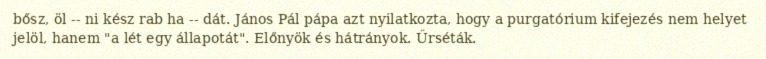
bősz, öl -- ni kész rab ha -- dát. János Pál pápa azt nyilatkozta, hogy a purgatórium kifejezés nem helyet jelöl, hanem "a lét egy állapotát". Előnyök és hátrányok. Űrséták.